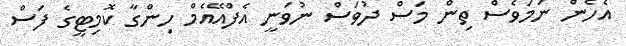
އެހެން ނަމަވެސް ތިން މަސް ދުވަސް ނުވަނީ އެފްއޭއެމް ހިންގާ ކޮމިޓީގެ ފަސް